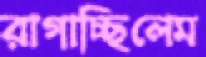
রাগাচ্ছিলেম